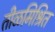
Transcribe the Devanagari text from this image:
तीळमिश्रित